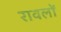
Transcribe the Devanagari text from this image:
रावलों